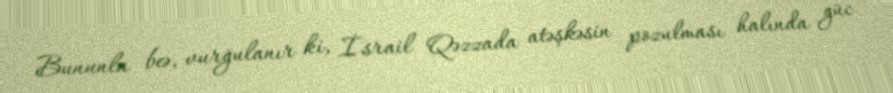
Bununla beə, vurğulanır ki, İsrail Qəzzada atəşkəsin pozulması halında güc